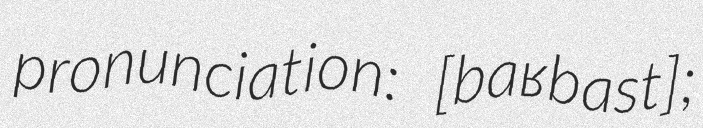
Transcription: pronunciation: ​[baʁbast];